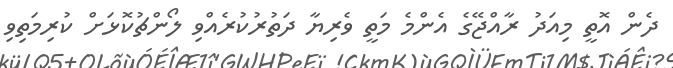
ދެން އޮތީ މިއަދު ރާއްޖޭގެ އެންމެ މަތީ ވެރިޔާ ދަތުރުކުރެއްވި ލޯންޗުކޮޅަށް ކުރިމަތިވި